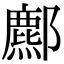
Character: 𨞻